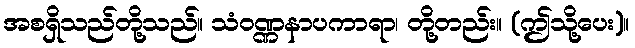
အစရှိသည်တို့သည်။ သံဝဏ္ဏနာပကာရာ၊ တို့တည်း။ (ဤသို့ပေး)။